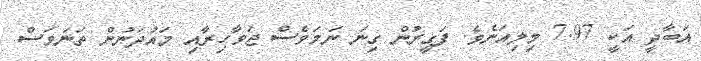
އަބާދީ އަކީ 7.97 މިލިއަނެވެ. ފަގީރުން ގިނަ ނަމަވެސް ޖަވާހިރާއި މައުދަނުން ތަނަވަސް